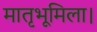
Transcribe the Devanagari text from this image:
मातृभूमिला।